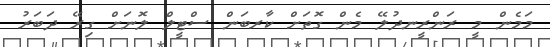
މަމެން މީ ރަންރީނދުލޭ މެން ގޮތަށް ކާރބަން ސްޓީލް ލޮނަށް ގިރޭ ދަބަރު